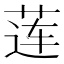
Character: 莲